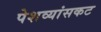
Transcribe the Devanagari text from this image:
पेशव्यांसकट